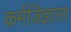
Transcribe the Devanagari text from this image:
कर्मजिज्ञासा